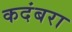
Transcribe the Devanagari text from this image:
कदंबरा